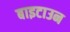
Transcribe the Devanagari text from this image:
बाइटाउन